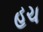
હચ